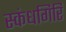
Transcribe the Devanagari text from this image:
स्‍कंधगिरि